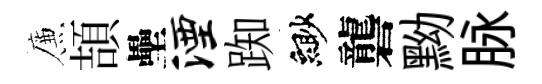
簾頡壘湮踟緲礱黝脉